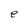
Character: e